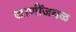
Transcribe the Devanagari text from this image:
खाणींजवळ